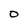
Character: O